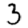
Digit: 3